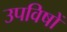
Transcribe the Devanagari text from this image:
उपविषों